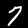
Label: 7